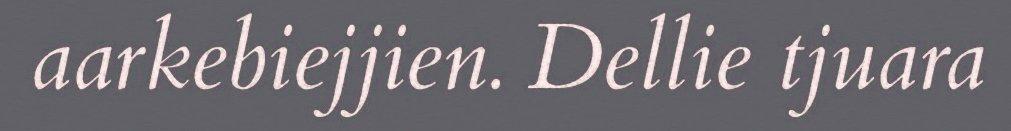
aarkebiejjien. Dellie tjuara